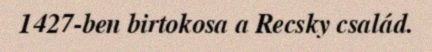
1427-ben birtokosa a Recsky család.